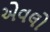
એવલો